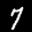
Label: 7